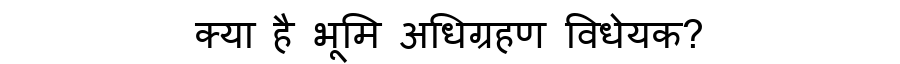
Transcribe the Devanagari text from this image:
क्या है भूमि अधिग्रहण विधेयक?